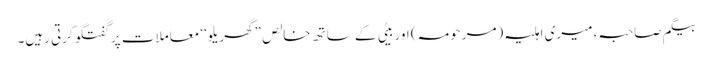
بیگم صاحبہ، میری اہلیہ (مرحومہ) اور بیٹی کے ساتھ خالص ”گھریلو‘‘ معاملات پر گفتگو کرتی رہیں۔